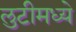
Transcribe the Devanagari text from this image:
लुटीमध्ये